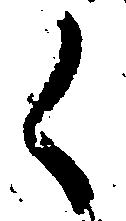
く